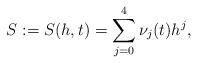
LaTeX: \begin{align*}S:=S(h,t)=\sum_{j=0}^{4}\nu _{j}(t)h^{j}, \end{align*}